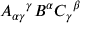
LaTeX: A _ { \alpha \gamma } { } ^ { \gamma } B ^ { \alpha } C _ { \gamma } { } ^ { \beta }